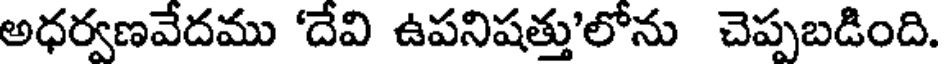
అధర్వణవేదము 'దేవి ఉపనిషత్తు'లోను చెప్పబడింది.